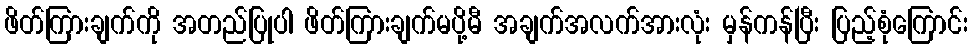
ဖိတ်ကြားချက်ကို အတည်ပြုပါ ဖိတ်ကြားချက်မပို့မီ အချက်အလက်အားလုံး မှန်ကန်ပြီး ပြည့်စုံကြောင်း